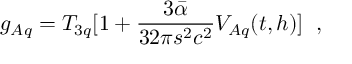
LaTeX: g _ { A q } = T _ { 3 q } [ 1 + \frac { 3 \bar { \alpha } } { 3 2 \pi s ^ { 2 } c ^ { 2 } } V _ { A q } ( t , h ) ] \; \; ,